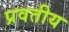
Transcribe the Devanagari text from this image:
प्रवतीय